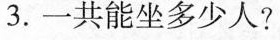
3. 一共能坐多少人?